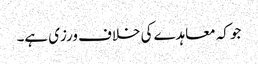
جو کہ معاہدے کی خلاف ورزی ہے۔